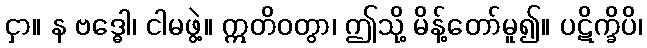
ငှာ။ န ဗဒ္ဓေါ၊ ငါမဖွဲ့။ ဣတိဝတွာ၊ ဤသို့ မိန့်တော်မူ၍။ ပဋိက္ခိပိ၊